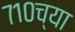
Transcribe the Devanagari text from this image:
७१०च्या